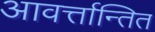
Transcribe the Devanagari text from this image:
आवर्त्तान्तित